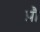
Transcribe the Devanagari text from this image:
प्रौ